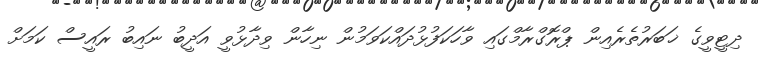
ދިޓީވީގެ ޚަބަރުތެރެއިން ޕްރޮގްރާމްގައި ވާހަކަފުޅުދައްކަވަމުން ނިހާން ވިދާޅުވީ އަދީބު ނައިބު ރައީސް ކަަމަށް